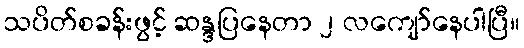
သပိတ်စခန်းဖွင့် ဆန္ဒပြနေတာ ၂ လကျော်နေပါပြီ။